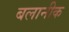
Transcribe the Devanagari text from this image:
बलानीक